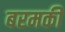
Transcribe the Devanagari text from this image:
बरमकी